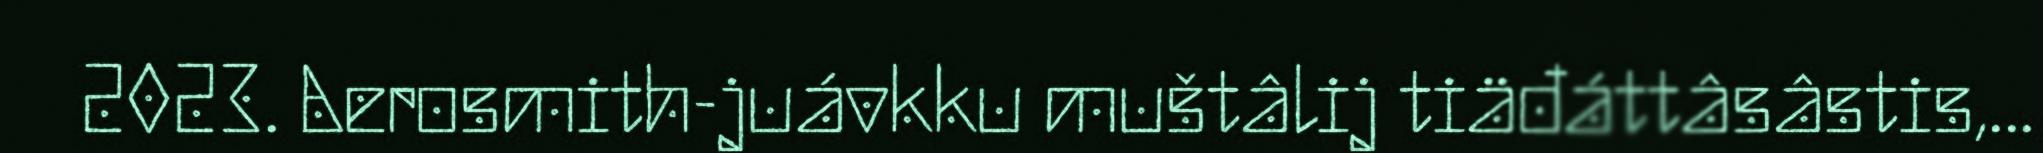
2023. Aerosmith-juávkku muštâlij tiäđáttâsâstis,...